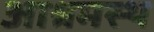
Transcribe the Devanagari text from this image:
आश्रमस्थ